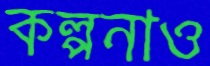
কল্পনাও